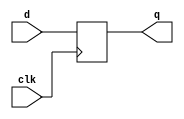
module fj_dff_e(q, d, clk);
output	q; 
input   d, clk;


        reg q;

         always @(posedge (clk)) begin
            	q <= #1 d;
        end

endmodule